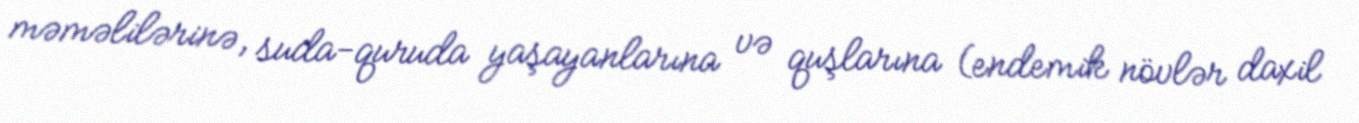
məməlilərinə, suda-quruda yaşayanlarına və quşlarına (endemik növlər daxil